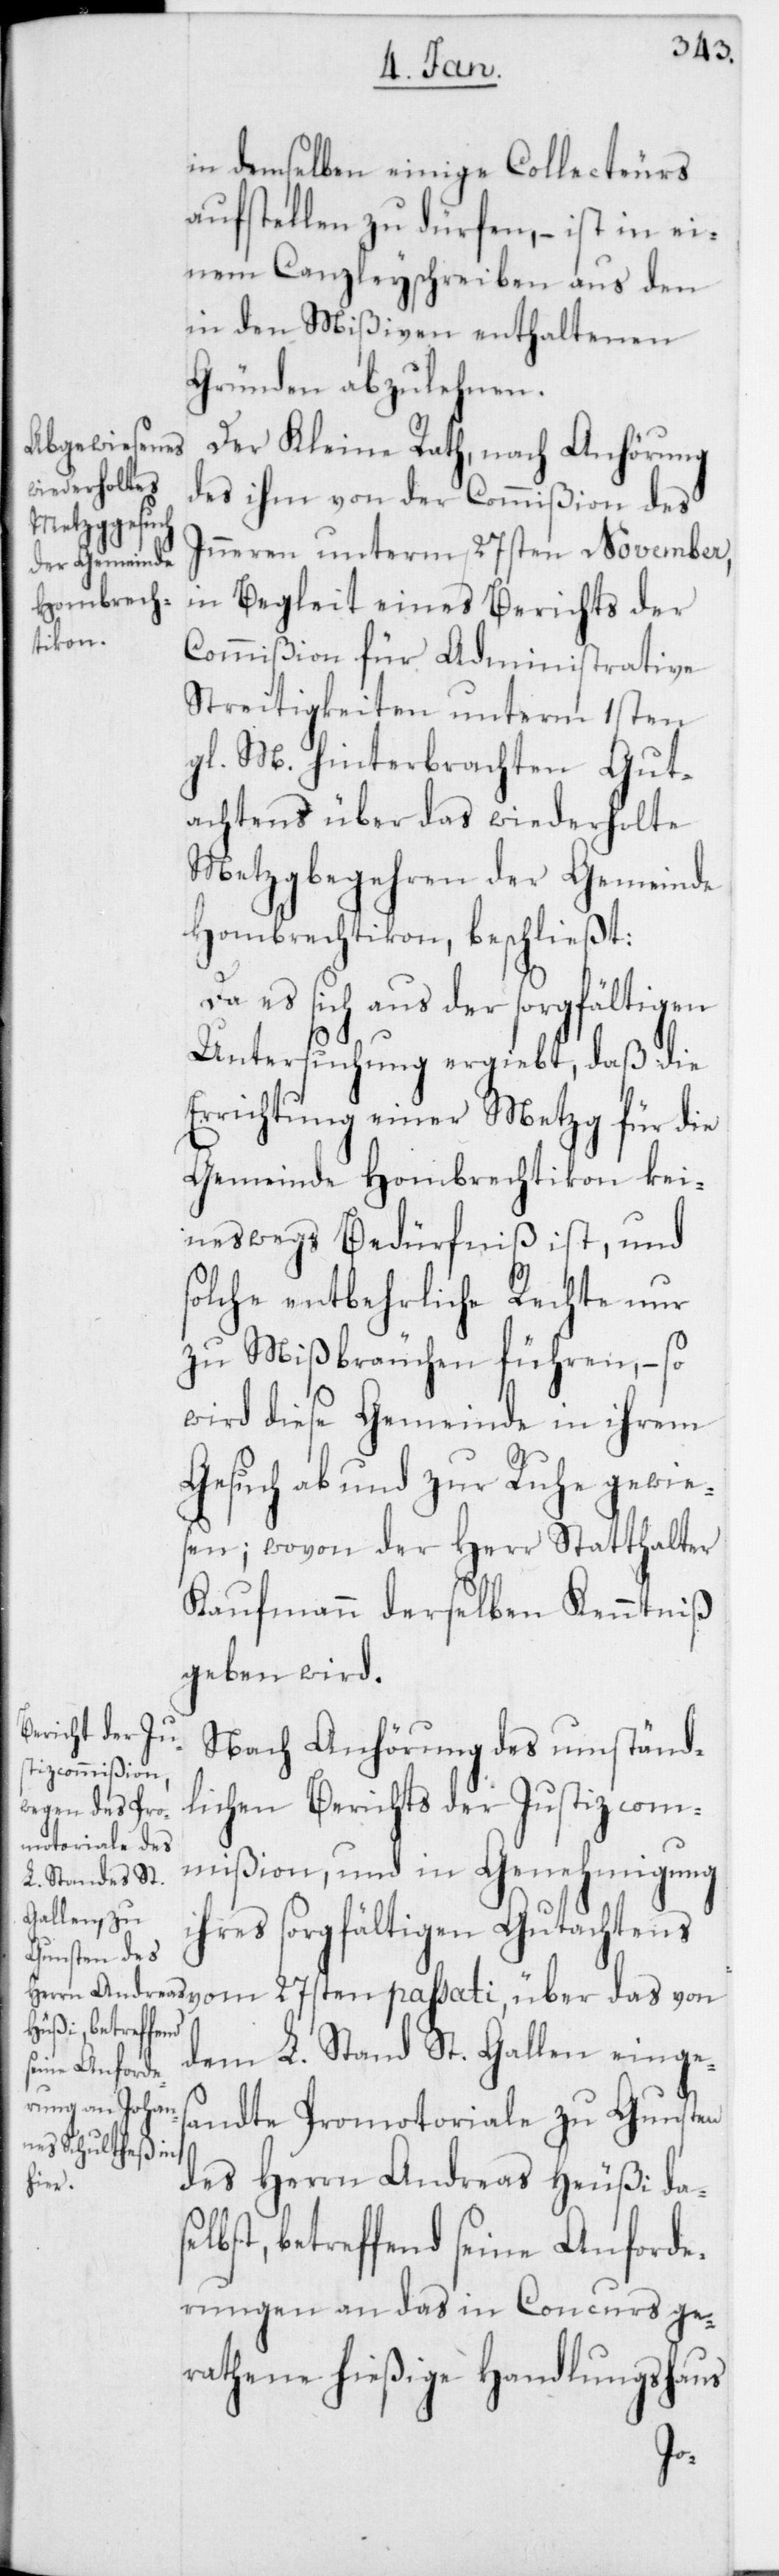
in demselben einige Collecteurs
aufstellen zu dürfen, – ist in ei¬
nem Canzleyschreiben aus den
in den Mißiven enthaltenen
Gründen abzulehnen.
Der Kleine Rath, nach Anhörung
des ihm von der Commißion des
Inneren unterm 27sten November,
in Begleit eines Berichts der
Commißion für Administrative
Streitigkeiten unterm 1sten
gl. M. hinterbrachten Gut¬
achtens über das wiederholte
Metzgbegehren der Gemeinde
Hombrechtikon, beschließt:
Da es sich aus der sorgfältigen
Untersuchung ergiebt, daß die
Errichtung einer Metzg für die
Gemeinde Hombrechtikon kei¬
neswegs Bedürfniß ist, und
solche entbehrliche Rechte nur
zu Mißbräuchen führen, – so
wird diese Gemeinde in ihrem
Gesuch ab und zur Ruhe gewie¬
sen; wovon der Herr Statthalter
Kaufmann derselben Kenntniß
geben wird.
Nach Anhörung des umständ¬
lichen Berichts der Justizcom¬
mißion, und in Genehmigung
ihres sorgfältigen Gutachtens
dem L. Stand St. Gallen einges¬
andte Promotoriale zu Gunsten
des Herrn Andreas Heußi
lbst, betreffend seine Anforde¬
rungen an das in Concurs ge¬
rathene hießige Handlungshaus
se¬